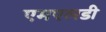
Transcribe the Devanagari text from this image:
एमएलडी